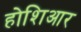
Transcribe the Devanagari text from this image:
होशिआर